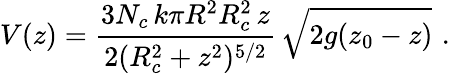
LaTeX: V(z)=\frac{3N_{c}\, k\pi R^{2}R_{c}^{2}\, z}{2(R_{c}^{2}+z^{2})^{5/2}}\, \sqrt{2g(z_{0}-z)}\, \, .